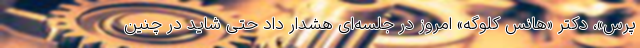
پرس»، دکتر «هانس کلوگه» امروز در جلسه‌ای هشدار داد حتی شاید در چنین